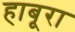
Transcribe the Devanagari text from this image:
हाबूरा